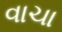
વાચા